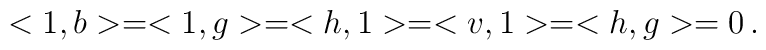
<1,b>=<1,g>=<h,1>=<v,1>=<h,g>=0\,.